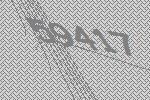
59417